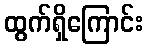
ထွက်ရှိကြောင်း